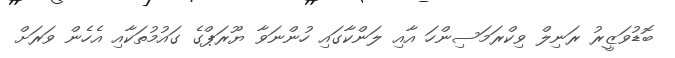
ބޮޑުވަޒީރު ރަނިލް ވިކްރަމަސިންހަ އާއި ލަންކާގައި ހުންނަވާ ޔޫރަޕްގެ ގައުމުތަކާއި އެހެން ވަރަށް